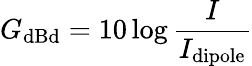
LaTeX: G_{\mathrm{dBd}}=10\log{\frac{I}{I_{\mathrm{dipole}}}}